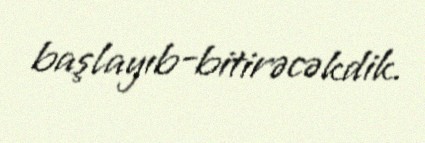
başlayıb-bitirəcəkdik.